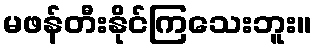
မဖန်တီးနိုင်ကြသေးဘူး။